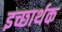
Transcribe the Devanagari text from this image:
इच्छार्थक